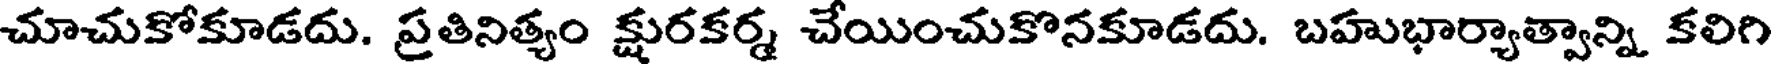
చూచుకోకూడదు. ప్రతినిత్యం క్షురకర్మ చేయించుకొనకూడదు. బహుభార్యాత్వాన్ని కలిగి